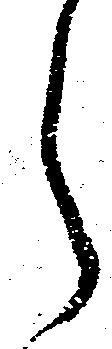
之